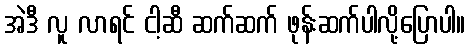
အဲဒီ လူ လာရင် ငါ့ဆီ ဆက်ဆက် ဖုန်းဆက်ပါလို့ပြောပါ။